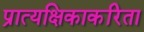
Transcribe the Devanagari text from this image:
प्रात्यक्षिकाकरिता